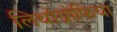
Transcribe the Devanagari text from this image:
लिथोग्रोफिया